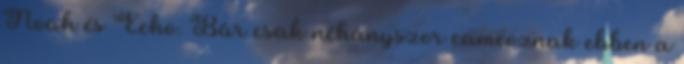
Noah és Echo. Bár csak néhányszor cameoznak ebben a